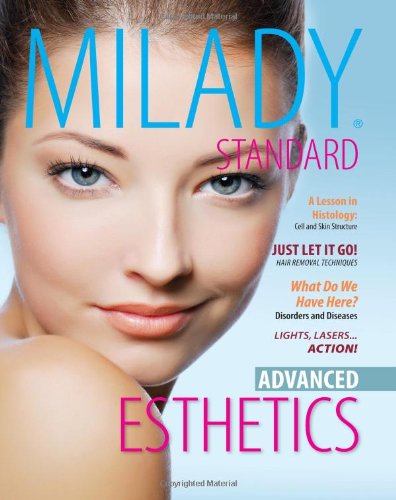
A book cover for Milady Standard Esthetics: Advanced; Milady; Business & Money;